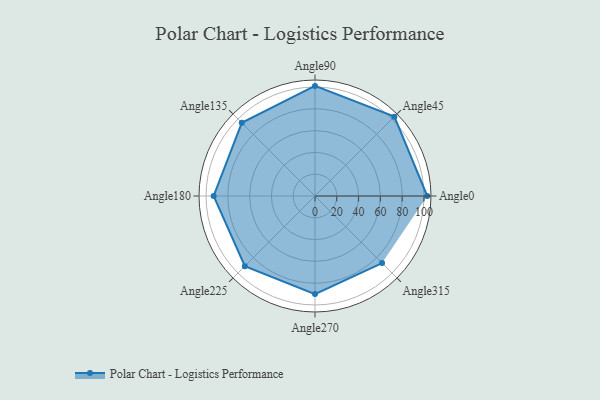
{"axis": {"x": "Angle", "y": "Radius"}, "legend": [""], "data": [{"x": "Angle0", "y": 103.0, "type": ""}, {"x": "Angle45", "y": 103.0, "type": ""}, {"x": "Angle90", "y": 101.0, "type": ""}, {"x": "Angle135", "y": 95.0, "type": ""}, {"x": "Angle180", "y": 93.0, "type": ""}, {"x": "Angle225", "y": 91.0, "type": ""}, {"x": "Angle270", "y": 90.0, "type": ""}, {"x": "Angle315", "y": 87.0, "type": ""}]}